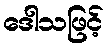
ဒေါသဖြင့်